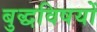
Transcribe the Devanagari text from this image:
बुद्धविषयों